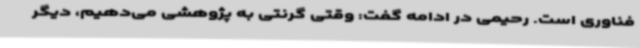
فناوری است. رحیمی در ادامه گفت: وقتی گرنتی به پژوهشی می‌دهیم، دیگر